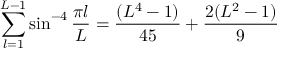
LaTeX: \sum _ { l = 1 } ^ { L - 1 } \sin ^ { - 4 } { \frac { \pi l } { L } } = { \frac { ( L ^ { 4 } - 1 ) } { 4 5 } } + { \frac { 2 ( L ^ { 2 } - 1 ) } { 9 } }